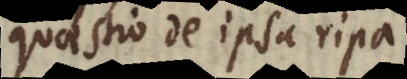
quaestio de ipsa ripa